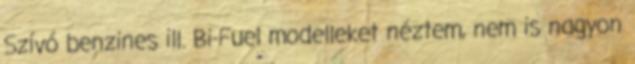
Szívó benzines ill. Bi-Fuel modelleket néztem, nem is nagyon